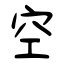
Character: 空